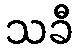
သခီ